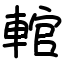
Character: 輨